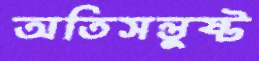
অতিসন্তুষ্ট